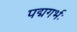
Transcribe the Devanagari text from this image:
पद्मगर्भः